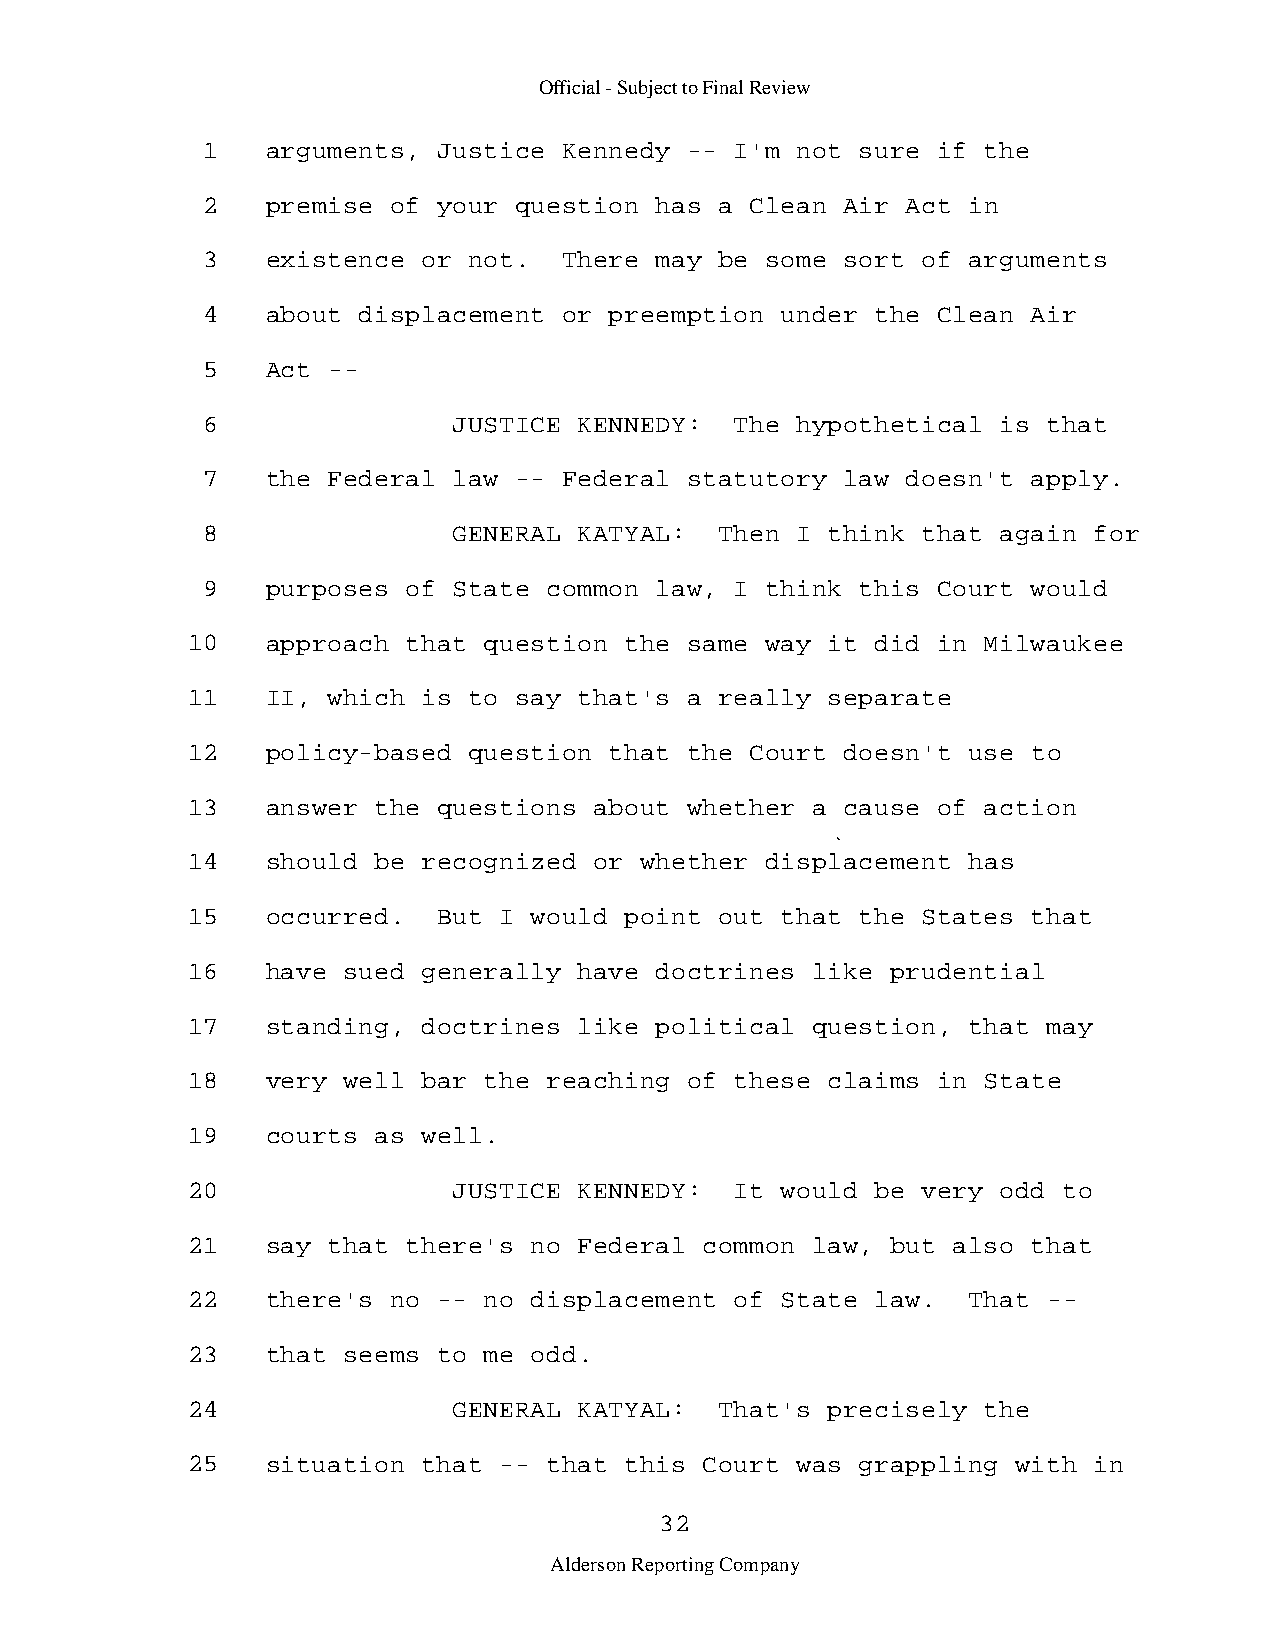
Official - Subject to Final Review
 1    arguments, Justice Kennedy  -- I'm not sure if the
 2    premise of your question has  a Clean Air Act in
 3    existence or not.  There may  be some sort of arguments
 4    about displacement or preemption  under the Clean Air
 5    Act -­
 6                JUSTICE KENNEDY:   The hypothetical is that
 7    the Federal law -- Federal  statutory law doesn't apply.
 8                GENERAL KATYAL:   Then I think that again for
 9    purposes of State common law,  I think this Court would
 10    approach that question the  same way it did in Milwaukee
 11    II, which is to say that's  a really separate
 12    policy-based question that  the Court doesn't use to
 13    answer the questions about  whether a cause of action
 14    should be recognized or whether  displacement has
 15    occurred.  But I would point  out that the States that
 16    have sued generally have doctrines  like prudential
 17    standing, doctrines like political  question, that may
 18    very well bar the reaching  of these claims in State
 19    courts as well.
 20                JUSTICE KENNEDY:   It would be very odd to
 21    say that there's no Federal  common law, but also that
 22    there's no -- no displacement  of State law.  That -­
 23    that seems to me odd.
 24                GENERAL KATYAL:   That's precisely the
 25    situation that -- that this  Court was grappling with in
 32
 Alderson Reporting Company